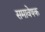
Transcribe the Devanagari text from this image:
समावेषक